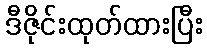
ဒီဇိုင်းထုတ်ထားပြီး